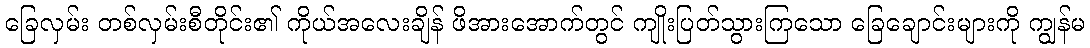
ခြေလှမ်း တစ်လှမ်းစီတိုင်း၏ ကိုယ်အလေးချိန် ဖိအားအောက်တွင် ကျိုးပြတ်သွားကြသော ခြေချောင်းများကို ကျွန်မ